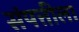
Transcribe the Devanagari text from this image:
संपत्तीला